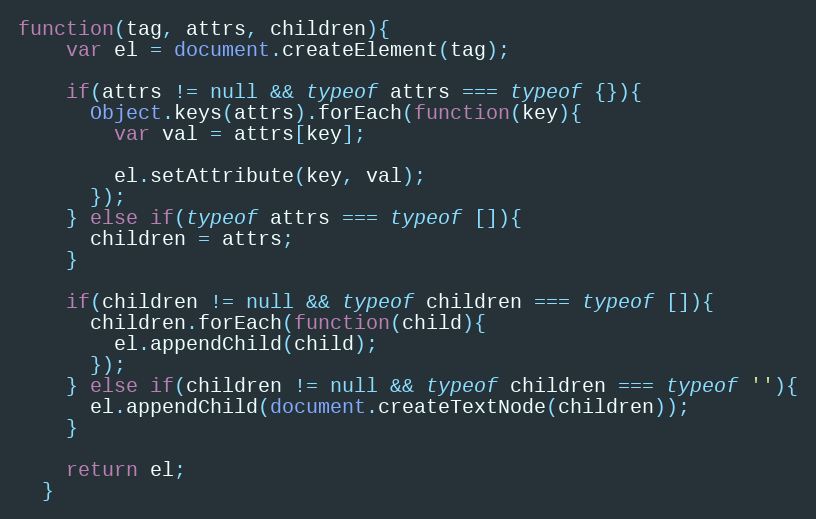
Language: JavaScript
function(tag, attrs, children){
    var el = document.createElement(tag);

    if(attrs != null && typeof attrs === typeof {}){
      Object.keys(attrs).forEach(function(key){
        var val = attrs[key];

        el.setAttribute(key, val);
      });
    } else if(typeof attrs === typeof []){
      children = attrs;
    }

    if(children != null && typeof children === typeof []){
      children.forEach(function(child){
        el.appendChild(child);
      });
    } else if(children != null && typeof children === typeof ''){
      el.appendChild(document.createTextNode(children));
    }

    return el;
  }